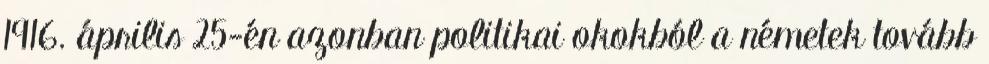
1916. április 25-én azonban politikai okokból a németek tovább